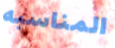
المناسبه